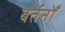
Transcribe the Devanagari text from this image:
बर्तनोँ